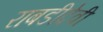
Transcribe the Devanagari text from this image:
राबडीदेवी